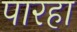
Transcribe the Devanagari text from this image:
पारहा